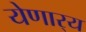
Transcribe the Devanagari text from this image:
येणार्‍य